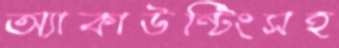
অ্যাকাউন্টিংসহ